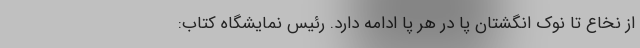
از نخاع تا نوک انگشتان پا در هر پا ادامه دارد. رئیس نمایشگاه کتاب: